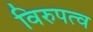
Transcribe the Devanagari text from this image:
विरुपत्व